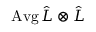
\operatorname { A v g } \hat { L } \otimes \hat { L }